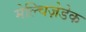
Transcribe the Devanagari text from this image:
मेल्चिज़ेडेक